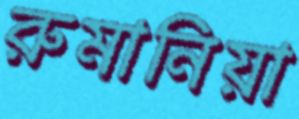
রুমানিয়া